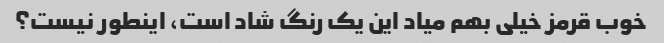
خوب قرمز خیلی بهم میاد این یک رنگ شاد است، اینطور نیست؟